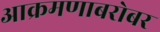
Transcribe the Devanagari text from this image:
आक्रमणाबरोबर